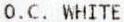
O.C. WHITE